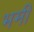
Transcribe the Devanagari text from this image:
भमी